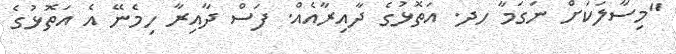
"މިސާލަކަށް ނަގަމާ ހދ. އަތޮޅުގެ ދާއިރާއެއް. ފަސް ދާއިރާ ހިމެނޭ އެ އަތޮޅުގެ